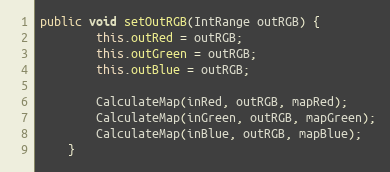
Language: Java
public void setOutRGB(IntRange outRGB) {
        this.outRed = outRGB;
        this.outGreen = outRGB;
        this.outBlue = outRGB;

        CalculateMap(inRed, outRGB, mapRed);
        CalculateMap(inGreen, outRGB, mapGreen);
        CalculateMap(inBlue, outRGB, mapBlue);
    }